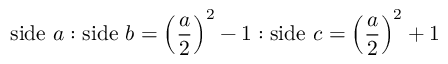
{ \mathrm { s i d e ~ } } a : { \mathrm { s i d e ~ } } b = \left( { \frac { a } { 2 } } \right) ^ { 2 } - 1 : { \mathrm { s i d e ~ } } c = \left( { \frac { a } { 2 } } \right) ^ { 2 } + 1